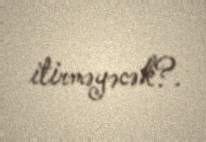
itirməyəcək?.